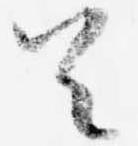
首